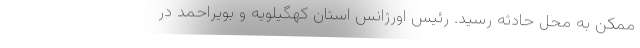
ممکن به محل حادثه رسید. رئیس اورژانس استان کهگیلویه و بویراحمد در